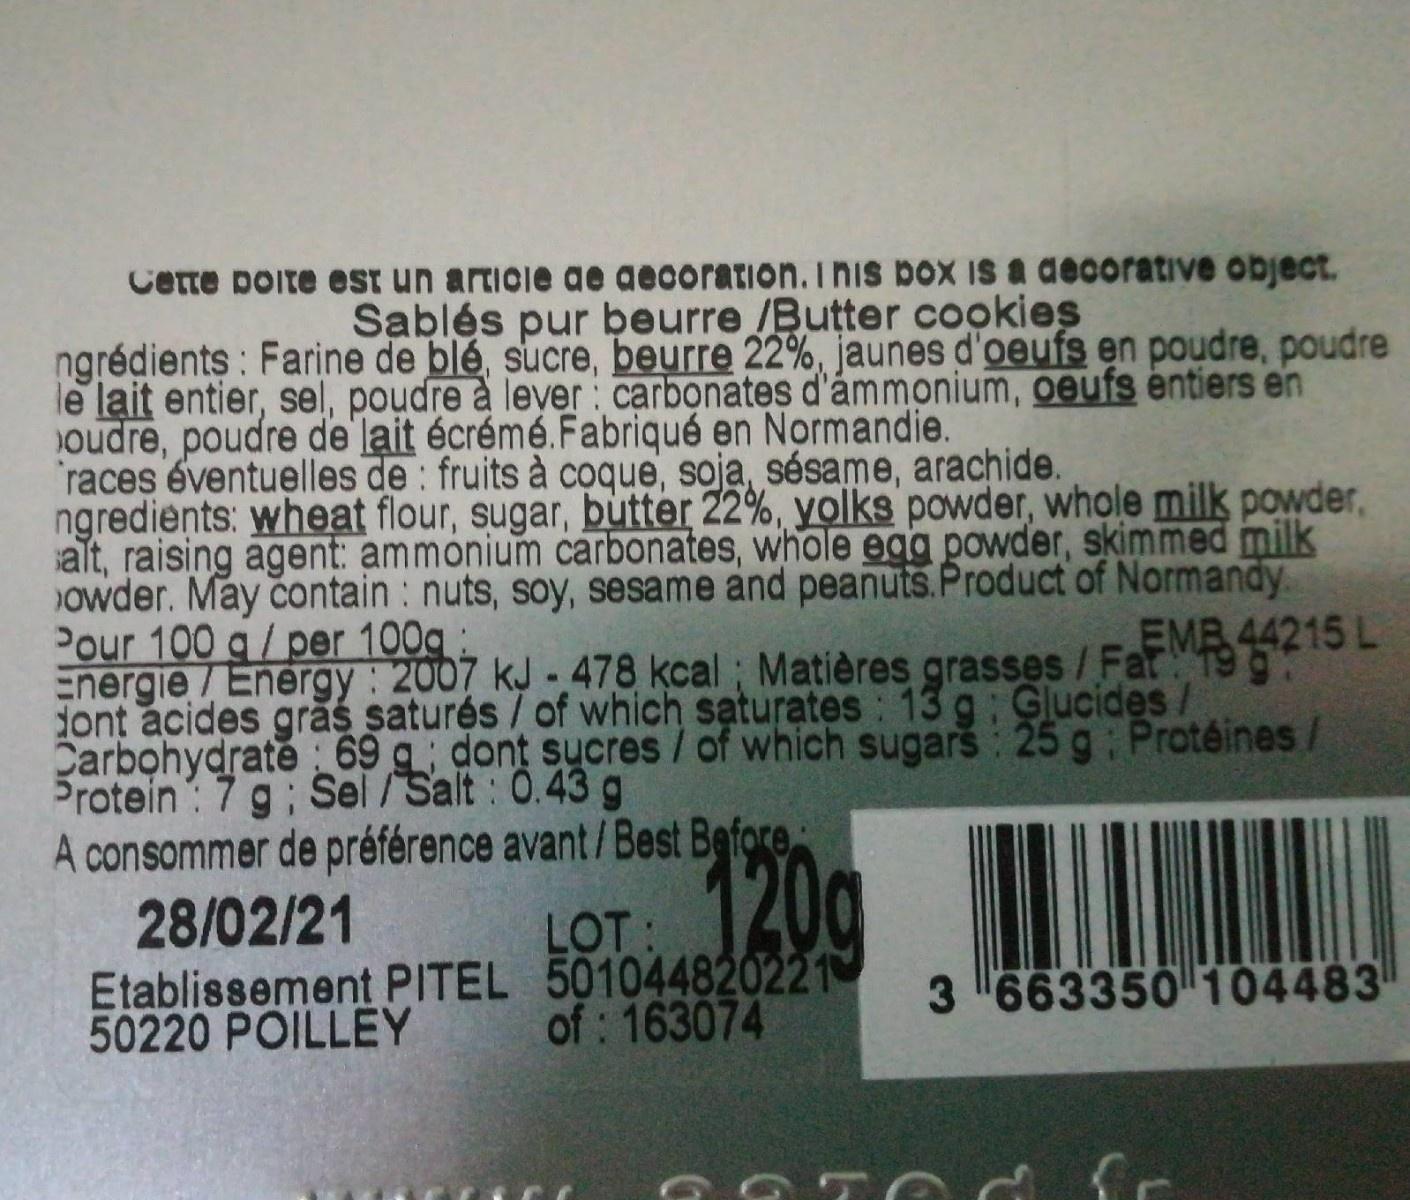
Cette poite est un articie ae aecoration. Inis box is a decorative object.
Sablés pur beurre /Butter cookies
ngrédients : Farine de blé, sucre, beurre 22%, jaunes d'oeufs en poudre, poudre le lạit entier, sel, poudre à lever: carbonates d'ámmonium, oeufs entiers en oudre, poudre de lạit écrémé.Fabriqué en Normandie. races éventuelles de : fruits à coque, soja, sésame, arachide. ngredients: wheat flour, sugar, butter 22%, yolks powder, whole milk powder, alt, raising agent: ammonium carbonates, whole egg powder, skimmed milk owder. May contain : nuts, soy, sesame and peanuts.Product of Normandy Pour 100 g/per 100g : Energie/Energy : 2007 kJ - 478 kcal ; Matières grasses/FeM4215 L dont acides grăs saturés / of which saturates 13 g: Glucides/ Carbohydrate : 69 g dont sucres/ of which sugarš 25 g Protéines/ Srotein: 7g; Sel/Salt: 0.43 g
19 g
A consommer de préférence avant/Best Before 28/02/21
120g
LOT:
Etablissement PITEL 501044820221 50220 POILLEY
of: 163074
3 663350 104483